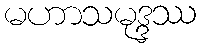
မဟာသမုဒ္ဒဿ